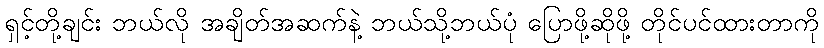
ရှင့်တို့ချင်း ဘယ်လို အချိတ်အဆက်နဲ့ ဘယ်သို့ဘယ်ပုံ ပြောဖို့ဆိုဖို့ တိုင်ပင်ထားတာကို